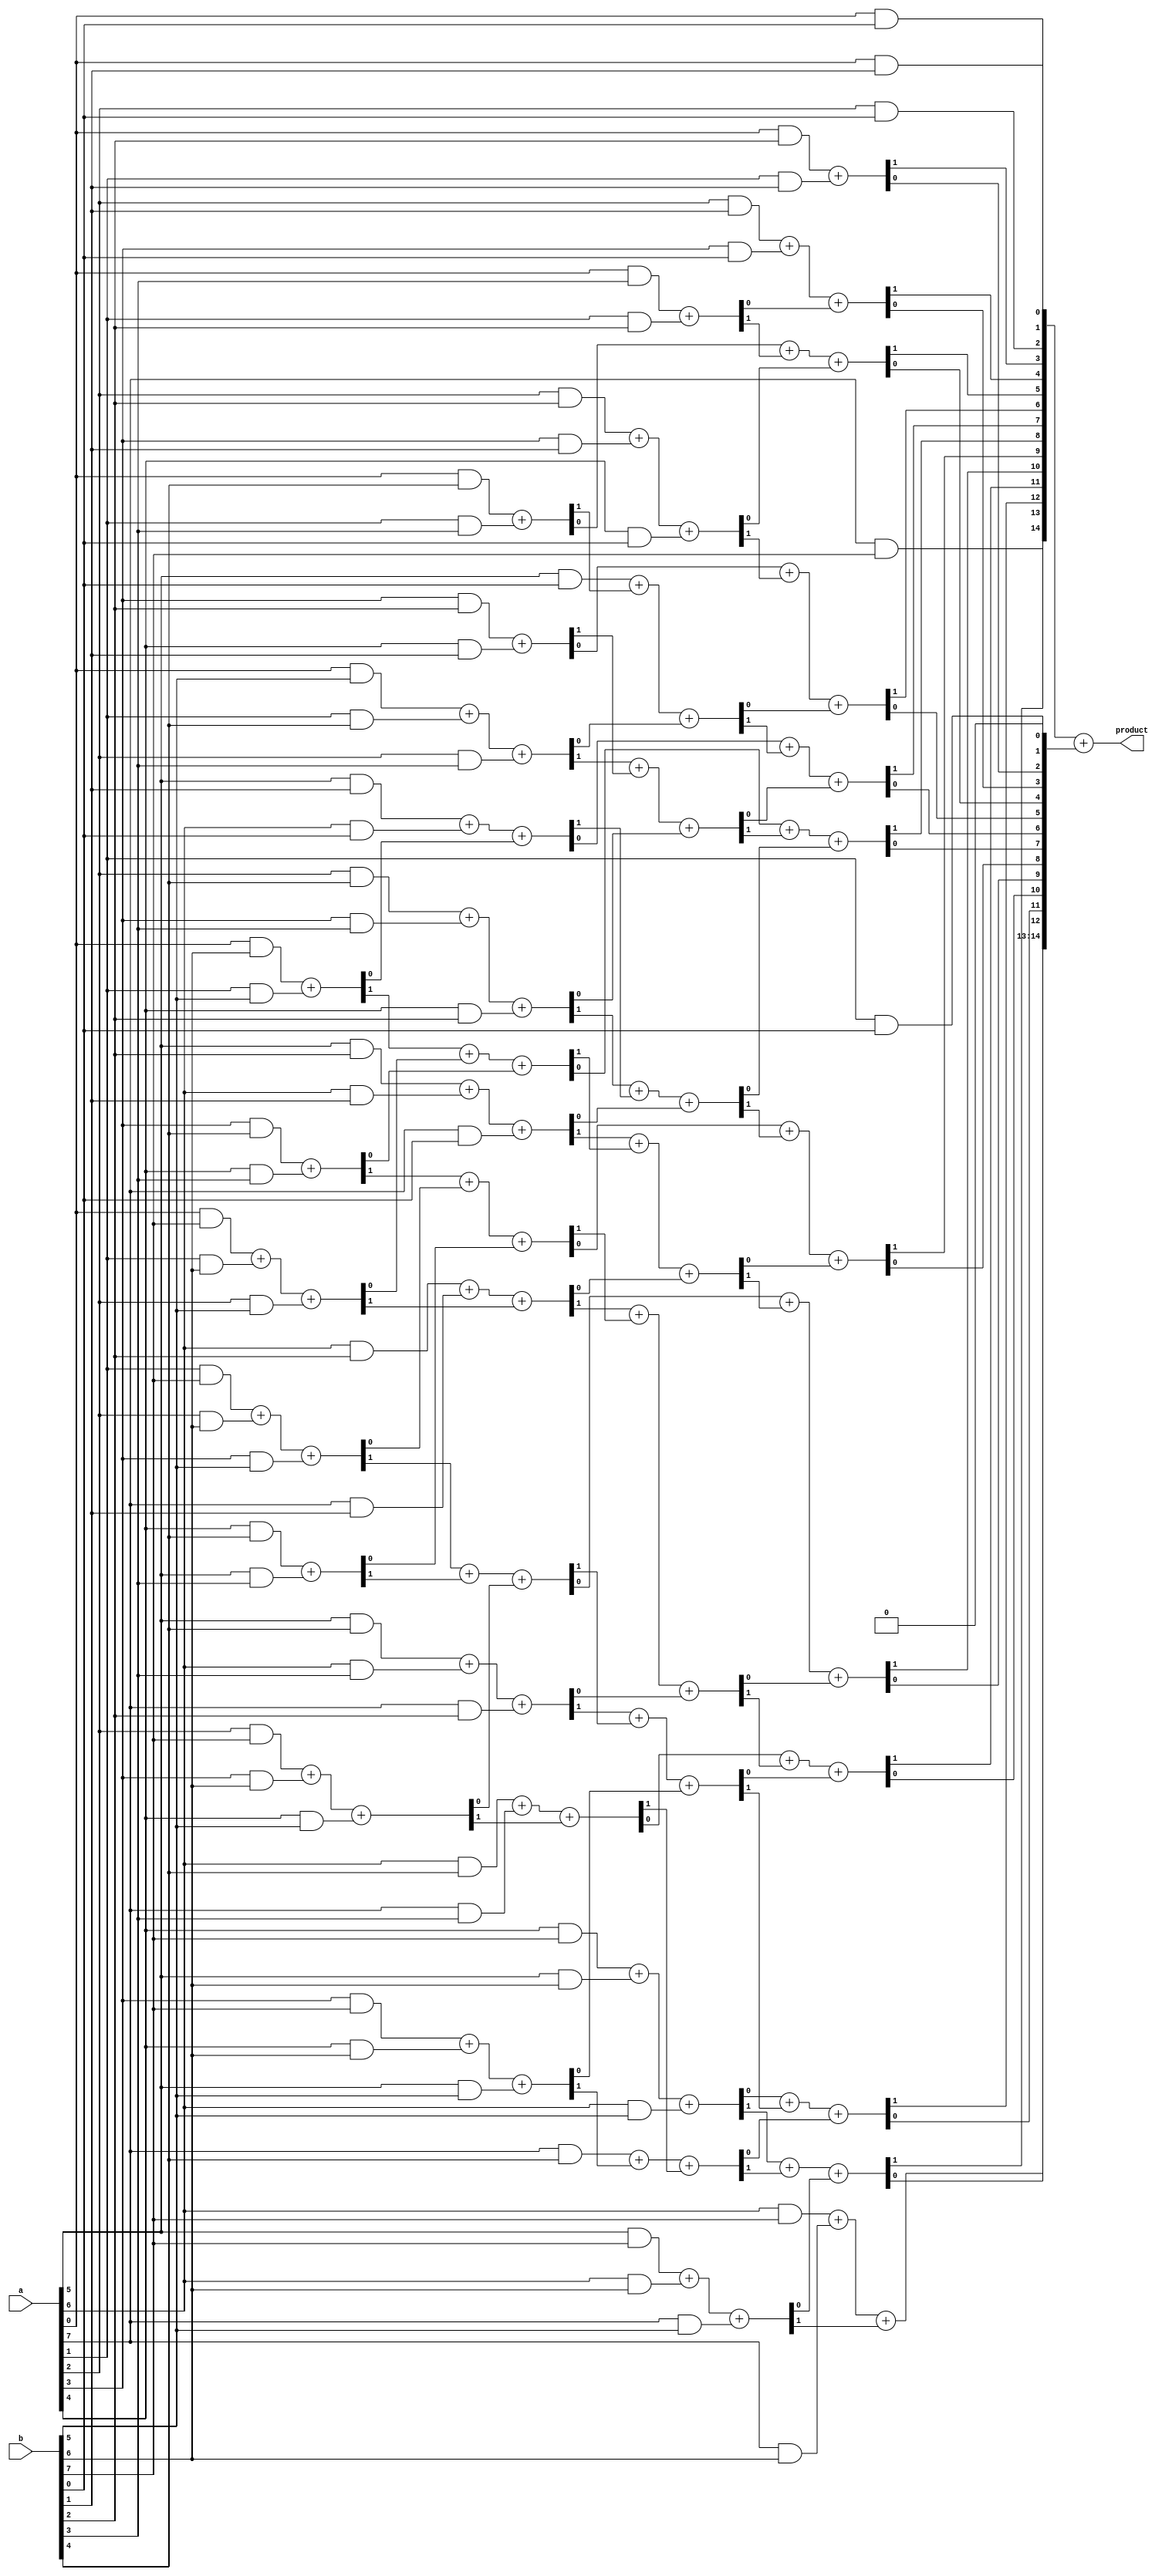
/**********************************************************************************
  Autogenerated by DaddaMatrix (generator.py) on 2024-04-15T04:30:28.339055-05:00
**********************************************************************************/
module dadda_multiplier (
  input  wire [7:0] a,
  input  wire [7:0] b,
  output wire [15:0] product
);

  wire   c5b87c13_749f_4d1b_8646_4ab3378e8a5a;
  assign c5b87c13_749f_4d1b_8646_4ab3378e8a5a = a[0] & b[0];
  wire   f95f8062_3816_42ce_9a01_453aa82aa344;
  assign f95f8062_3816_42ce_9a01_453aa82aa344 = a[0] & b[1];
  wire   v_3eef52ac_6195_4627_96b5_507e1b86bf39;
  assign v_3eef52ac_6195_4627_96b5_507e1b86bf39 = a[0] & b[2];
  wire   cba0d86c_fd35_439e_ad86_15b52ad7b774;
  assign cba0d86c_fd35_439e_ad86_15b52ad7b774 = a[0] & b[3];
  wire   v_348f0a68_d598_46cc_86ac_cf3917220f9c;
  assign v_348f0a68_d598_46cc_86ac_cf3917220f9c = a[0] & b[4];
  wire   v_2fe938e1_c440_40ee_956d_e2cf08b43207;
  assign v_2fe938e1_c440_40ee_956d_e2cf08b43207 = a[0] & b[5];
  wire   v_6e8bd969_5a8c_4cfb_b27f_bc219fc2b830;
  assign v_6e8bd969_5a8c_4cfb_b27f_bc219fc2b830 = a[0] & b[6];
  wire   v_789d6bce_b7aa_43ae_b7b8_fbb08e0b9a35;
  assign v_789d6bce_b7aa_43ae_b7b8_fbb08e0b9a35 = a[0] & b[7];
  wire   c8e02cbd_eca3_4c29_860b_7e21223bbb82;
  assign c8e02cbd_eca3_4c29_860b_7e21223bbb82 = a[1] & b[0];
  wire   v_938c4adf_0c3c_47f3_909d_1735d843f860;
  assign v_938c4adf_0c3c_47f3_909d_1735d843f860 = a[1] & b[1];
  wire   fb76f062_83f0_48a9_8b48_c1ebd32e8c32;
  assign fb76f062_83f0_48a9_8b48_c1ebd32e8c32 = a[1] & b[2];
  wire   v_61208a32_2b3a_47a2_a8e4_63e32df27f2e;
  assign v_61208a32_2b3a_47a2_a8e4_63e32df27f2e = a[1] & b[3];
  wire   d0d5447b_4d96_4162_8631_3197aee6fbe5;
  assign d0d5447b_4d96_4162_8631_3197aee6fbe5 = a[1] & b[4];
  wire   v_1d2ce400_bee3_4bcf_ad94_392b55ae8828;
  assign v_1d2ce400_bee3_4bcf_ad94_392b55ae8828 = a[1] & b[5];
  wire   e3eceaf8_b4db_4924_b72f_73344f9788f2;
  assign e3eceaf8_b4db_4924_b72f_73344f9788f2 = a[1] & b[6];
  wire   v_100c1758_140a_4142_9a4d_4fed30a453c6;
  assign v_100c1758_140a_4142_9a4d_4fed30a453c6 = a[1] & b[7];
  wire   v_259bb6be_d84f_49d7_87e9_795706241c88;
  assign v_259bb6be_d84f_49d7_87e9_795706241c88 = a[2] & b[0];
  wire   v_568c08f8_3850_4cf1_81aa_8ad0e5e8a283;
  assign v_568c08f8_3850_4cf1_81aa_8ad0e5e8a283 = a[2] & b[1];
  wire   a62a3e4b_a0aa_45f3_8cf0_ac8d7d8e2177;
  assign a62a3e4b_a0aa_45f3_8cf0_ac8d7d8e2177 = a[2] & b[2];
  wire   v_53863f08_0fcf_4548_bea8_65d01281c248;
  assign v_53863f08_0fcf_4548_bea8_65d01281c248 = a[2] & b[3];
  wire   fef89f08_5c22_497d_b9e9_75612421a902;
  assign fef89f08_5c22_497d_b9e9_75612421a902 = a[2] & b[4];
  wire   v_4e4a185f_ac21_47d0_b0b5_94dea7bf9f3e;
  assign v_4e4a185f_ac21_47d0_b0b5_94dea7bf9f3e = a[2] & b[5];
  wire   f4fcffeb_a640_44c2_b3a1_45f75bc65452;
  assign f4fcffeb_a640_44c2_b3a1_45f75bc65452 = a[2] & b[6];
  wire   v_8c4302bb_a1c1_446c_82b6_f699d6d7184f;
  assign v_8c4302bb_a1c1_446c_82b6_f699d6d7184f = a[2] & b[7];
  wire   a61f7549_5f9b_4cca_81f1_9dfeffa545cd;
  assign a61f7549_5f9b_4cca_81f1_9dfeffa545cd = a[3] & b[0];
  wire   df8d13ca_4a65_43f9_96d9_ac6de1c0e237;
  assign df8d13ca_4a65_43f9_96d9_ac6de1c0e237 = a[3] & b[1];
  wire   d3f8aa95_a395_4d1a_a4f7_6f39ea2b077b;
  assign d3f8aa95_a395_4d1a_a4f7_6f39ea2b077b = a[3] & b[2];
  wire   v_1b137b5f_c38c_471e_b330_09c52f7d7481;
  assign v_1b137b5f_c38c_471e_b330_09c52f7d7481 = a[3] & b[3];
  wire   v_250cc16c_4978_4198_9322_2e0131c0c3d0;
  assign v_250cc16c_4978_4198_9322_2e0131c0c3d0 = a[3] & b[4];
  wire   v_00062549_b06e_45f1_a63c_3d8c992bf9c3;
  assign v_00062549_b06e_45f1_a63c_3d8c992bf9c3 = a[3] & b[5];
  wire   e9682f56_852f_425c_8683_3ff46957042b;
  assign e9682f56_852f_425c_8683_3ff46957042b = a[3] & b[6];
  wire   v_3a806a8e_8dbd_4301_8aea_a61eeb37e120;
  assign v_3a806a8e_8dbd_4301_8aea_a61eeb37e120 = a[3] & b[7];
  wire   a2924871_dcd0_409d_aef2_e87a11ad4e47;
  assign a2924871_dcd0_409d_aef2_e87a11ad4e47 = a[4] & b[0];
  wire   v_33c751bf_56b8_415c_820e_924a090e9c12;
  assign v_33c751bf_56b8_415c_820e_924a090e9c12 = a[4] & b[1];
  wire   v_5d5f32d1_25e9_433a_9e19_ce3335da3a31;
  assign v_5d5f32d1_25e9_433a_9e19_ce3335da3a31 = a[4] & b[2];
  wire   v_80865785_14c6_4865_90fc_07bf8ae7618e;
  assign v_80865785_14c6_4865_90fc_07bf8ae7618e = a[4] & b[3];
  wire   v_08ca6fb1_ba3b_4f25_8bc1_811ca670992d;
  assign v_08ca6fb1_ba3b_4f25_8bc1_811ca670992d = a[4] & b[4];
  wire   v_6dcf50f8_eb1a_463d_a49c_4d7fae0e610c;
  assign v_6dcf50f8_eb1a_463d_a49c_4d7fae0e610c = a[4] & b[5];
  wire   v_712d102d_a1b5_4cd9_879e_ba3fbb92de62;
  assign v_712d102d_a1b5_4cd9_879e_ba3fbb92de62 = a[4] & b[6];
  wire   v_528c3819_4f30_4cf0_ac28_49f77c6b742b;
  assign v_528c3819_4f30_4cf0_ac28_49f77c6b742b = a[4] & b[7];
  wire   d6a47aad_a1d9_48e0_87a2_039bac0f757b;
  assign d6a47aad_a1d9_48e0_87a2_039bac0f757b = a[5] & b[0];
  wire   v_4592672a_9d2a_44a2_9f59_5da20d2953a7;
  assign v_4592672a_9d2a_44a2_9f59_5da20d2953a7 = a[5] & b[1];
  wire   e9bb6a78_43df_49d0_a782_b39eb8b65850;
  assign e9bb6a78_43df_49d0_a782_b39eb8b65850 = a[5] & b[2];
  wire   f57846db_942f_4569_b2f7_dfa9e77b5f49;
  assign f57846db_942f_4569_b2f7_dfa9e77b5f49 = a[5] & b[3];
  wire   f4ca1635_ebb7_48cb_a4b6_c2d34a744577;
  assign f4ca1635_ebb7_48cb_a4b6_c2d34a744577 = a[5] & b[4];
  wire   v_9cc236cf_efd8_4917_9538_cb44b7e9890d;
  assign v_9cc236cf_efd8_4917_9538_cb44b7e9890d = a[5] & b[5];
  wire   ec65d2f8_0336_4909_84e3_7dbb2940855c;
  assign ec65d2f8_0336_4909_84e3_7dbb2940855c = a[5] & b[6];
  wire   v_2d78d33a_0372_4685_970e_6fd32ac262bd;
  assign v_2d78d33a_0372_4685_970e_6fd32ac262bd = a[5] & b[7];
  wire   f1513491_7423_4a4a_8594_94644382e8bb;
  assign f1513491_7423_4a4a_8594_94644382e8bb = a[6] & b[0];
  wire   v_05a0a58e_be32_4294_8c74_65515c0490b6;
  assign v_05a0a58e_be32_4294_8c74_65515c0490b6 = a[6] & b[1];
  wire   a351ae23_e3ee_4aa8_ad9f_64bd7eec1f45;
  assign a351ae23_e3ee_4aa8_ad9f_64bd7eec1f45 = a[6] & b[2];
  wire   fd0728c3_5301_43c2_803d_c5bb393d456a;
  assign fd0728c3_5301_43c2_803d_c5bb393d456a = a[6] & b[3];
  wire   v_81988169_640b_41dc_b29c_e2460805caae;
  assign v_81988169_640b_41dc_b29c_e2460805caae = a[6] & b[4];
  wire   v_08108c7e_ac33_4a07_be68_d9e43638031c;
  assign v_08108c7e_ac33_4a07_be68_d9e43638031c = a[6] & b[5];
  wire   v_0c14468f_56a4_41eb_b012_4b65b693043e;
  assign v_0c14468f_56a4_41eb_b012_4b65b693043e = a[6] & b[6];
  wire   b8496108_90e9_4736_8cf7_47681a257947;
  assign b8496108_90e9_4736_8cf7_47681a257947 = a[6] & b[7];
  wire   e2d5f893_2154_44a7_885b_f047252e95cf;
  assign e2d5f893_2154_44a7_885b_f047252e95cf = a[7] & b[0];
  wire   v_10b0a20c_8bef_4cea_a2db_c43028ff33c4;
  assign v_10b0a20c_8bef_4cea_a2db_c43028ff33c4 = a[7] & b[1];
  wire   v_0edac932_8d85_4cfd_8d85_c90e6ae4c21d;
  assign v_0edac932_8d85_4cfd_8d85_c90e6ae4c21d = a[7] & b[2];
  wire   v_9b4b46df_6d2f_4167_a79a_ca73aaa0bff8;
  assign v_9b4b46df_6d2f_4167_a79a_ca73aaa0bff8 = a[7] & b[3];
  wire   a309729c_3f7b_4823_86f2_c76a6571b95b;
  assign a309729c_3f7b_4823_86f2_c76a6571b95b = a[7] & b[4];
  wire   v_09e1e636_5c9d_41f7_8f23_9e197edeb3e7;
  assign v_09e1e636_5c9d_41f7_8f23_9e197edeb3e7 = a[7] & b[5];
  wire   a9f57e75_c0cb_4b11_b082_3ed8445f3c7c;
  assign a9f57e75_c0cb_4b11_b082_3ed8445f3c7c = a[7] & b[6];
  wire   v_57213757_b647_4e5d_8d62_14d536832e08;
  assign v_57213757_b647_4e5d_8d62_14d536832e08 = a[7] & b[7];

  /*================================================================================*/

  wire   v_03811acc_b667_4e33_bbc6_38cc1a22432d;
  wire   v_97377eb8_2cf3_427b_ba1b_fc70ede7726d;
  assign {v_97377eb8_2cf3_427b_ba1b_fc70ede7726d, v_03811acc_b667_4e33_bbc6_38cc1a22432d} = v_6e8bd969_5a8c_4cfb_b27f_bc219fc2b830 + v_1d2ce400_bee3_4bcf_ad94_392b55ae8828;
  wire   v_2d630563_47a5_4b6d_8457_5de55f334d79;
  wire   v_7181854d_0fc7_425c_85c0_d35010a32f8c;
  assign {v_7181854d_0fc7_425c_85c0_d35010a32f8c, v_2d630563_47a5_4b6d_8457_5de55f334d79} = v_789d6bce_b7aa_43ae_b7b8_fbb08e0b9a35 + e3eceaf8_b4db_4924_b72f_73344f9788f2 + v_4e4a185f_ac21_47d0_b0b5_94dea7bf9f3e;
  wire   v_34a78f9a_2836_4f0d_a625_e0ec848a50b1;
  wire   v_5538a28c_aa08_4fc9_8053_5343bd9fcf2f;
  assign {v_5538a28c_aa08_4fc9_8053_5343bd9fcf2f, v_34a78f9a_2836_4f0d_a625_e0ec848a50b1} = v_250cc16c_4978_4198_9322_2e0131c0c3d0 + v_80865785_14c6_4865_90fc_07bf8ae7618e;
  wire   v_5b5395f2_0b26_46fe_bc94_7bcdac125a5e;
  wire   v_506869be_947b_4b1c_b829_5b0d1dc18cdf;
  assign {v_506869be_947b_4b1c_b829_5b0d1dc18cdf, v_5b5395f2_0b26_46fe_bc94_7bcdac125a5e} = v_100c1758_140a_4142_9a4d_4fed30a453c6 + f4fcffeb_a640_44c2_b3a1_45f75bc65452 + v_00062549_b06e_45f1_a63c_3d8c992bf9c3;
  wire   e28074da_7bae_4dfc_a60a_93f18848195f;
  wire   v_764c5c80_d24d_4c38_9871_ed9ae703cd11;
  assign {v_764c5c80_d24d_4c38_9871_ed9ae703cd11, e28074da_7bae_4dfc_a60a_93f18848195f} = v_08ca6fb1_ba3b_4f25_8bc1_811ca670992d + f57846db_942f_4569_b2f7_dfa9e77b5f49;
  wire   v_0576efc7_5c3e_42f9_9afa_321e1330e393;
  wire   c755c6d5_027e_41af_9029_7734571855fe;
  assign {c755c6d5_027e_41af_9029_7734571855fe, v_0576efc7_5c3e_42f9_9afa_321e1330e393} = v_8c4302bb_a1c1_446c_82b6_f699d6d7184f + e9682f56_852f_425c_8683_3ff46957042b + v_6dcf50f8_eb1a_463d_a49c_4d7fae0e610c;

  /*================================================================================*/

  wire   v_99a1dec2_988f_4ad8_a155_9db0410c26e2;
  wire   d1bd184e_6a26_4a62_b851_38f05c76bcef;
  assign {d1bd184e_6a26_4a62_b851_38f05c76bcef, v_99a1dec2_988f_4ad8_a155_9db0410c26e2} = v_348f0a68_d598_46cc_86ac_cf3917220f9c + v_61208a32_2b3a_47a2_a8e4_63e32df27f2e;
  wire   fbcea37c_7cb9_4c35_bf68_ee743badb84f;
  wire   v_7a2088a0_b6a5_4955_8ccc_09b6cb9ec5ec;
  assign {v_7a2088a0_b6a5_4955_8ccc_09b6cb9ec5ec, fbcea37c_7cb9_4c35_bf68_ee743badb84f} = v_2fe938e1_c440_40ee_956d_e2cf08b43207 + d0d5447b_4d96_4162_8631_3197aee6fbe5 + v_53863f08_0fcf_4548_bea8_65d01281c248;
  wire   v_1bc1bb5e_ee23_4470_bfb3_630acd97bbd1;
  wire   v_55ba2971_1d25_474f_bcef_320a713856d2;
  assign {v_55ba2971_1d25_474f_bcef_320a713856d2, v_1bc1bb5e_ee23_4470_bfb3_630acd97bbd1} = d3f8aa95_a395_4d1a_a4f7_6f39ea2b077b + v_33c751bf_56b8_415c_820e_924a090e9c12;
  wire   a616a033_9a05_4a43_b7e3_816411664fd6;
  wire   f07eccf1_7334_4192_9b0b_144a7e2f157c;
  assign {f07eccf1_7334_4192_9b0b_144a7e2f157c, a616a033_9a05_4a43_b7e3_816411664fd6} = fef89f08_5c22_497d_b9e9_75612421a902 + v_1b137b5f_c38c_471e_b330_09c52f7d7481 + v_5d5f32d1_25e9_433a_9e19_ce3335da3a31;
  wire   bf8c712a_f6ac_40f5_bb8f_69c8e65fcd3b;
  wire   ed517bc2_032b_4348_b836_6d20a64bc2ce;
  assign {ed517bc2_032b_4348_b836_6d20a64bc2ce, bf8c712a_f6ac_40f5_bb8f_69c8e65fcd3b} = v_4592672a_9d2a_44a2_9f59_5da20d2953a7 + f1513491_7423_4a4a_8594_94644382e8bb + v_03811acc_b667_4e33_bbc6_38cc1a22432d;
  wire   v_82367c68_d3bb_4ab5_97d4_998d372ec9eb;
  wire   cb8bc776_0b04_4436_b9b9_a90461edb551;
  assign {cb8bc776_0b04_4436_b9b9_a90461edb551, v_82367c68_d3bb_4ab5_97d4_998d372ec9eb} = e9bb6a78_43df_49d0_a782_b39eb8b65850 + v_05a0a58e_be32_4294_8c74_65515c0490b6 + e2d5f893_2154_44a7_885b_f047252e95cf;
  wire   v_36d78715_fd86_4620_88de_00d594446c6f;
  wire   v_5a6304bf_57c1_44f5_bb19_1b59056ff9c9;
  assign {v_5a6304bf_57c1_44f5_bb19_1b59056ff9c9, v_36d78715_fd86_4620_88de_00d594446c6f} = v_97377eb8_2cf3_427b_ba1b_fc70ede7726d + v_2d630563_47a5_4b6d_8457_5de55f334d79 + v_34a78f9a_2836_4f0d_a625_e0ec848a50b1;
  wire   de1da632_f8e5_42d8_944c_eefa36961572;
  wire   v_93dc911a_8d51_4931_ad66_e635fd760583;
  assign {v_93dc911a_8d51_4931_ad66_e635fd760583, de1da632_f8e5_42d8_944c_eefa36961572} = a351ae23_e3ee_4aa8_ad9f_64bd7eec1f45 + v_10b0a20c_8bef_4cea_a2db_c43028ff33c4 + v_7181854d_0fc7_425c_85c0_d35010a32f8c;
  wire   v_3f0e4a31_aaf2_4206_9674_be1bc917e5a4;
  wire   efc3aa22_c7ac_4d99_b800_ebefbe15a450;
  assign {efc3aa22_c7ac_4d99_b800_ebefbe15a450, v_3f0e4a31_aaf2_4206_9674_be1bc917e5a4} = v_5538a28c_aa08_4fc9_8053_5343bd9fcf2f + v_5b5395f2_0b26_46fe_bc94_7bcdac125a5e + e28074da_7bae_4dfc_a60a_93f18848195f;
  wire   v_91ab1346_420e_4841_9b4e_79267775159e;
  wire   v_31171b53_7bc8_45e7_ba81_f8ffe6902918;
  assign {v_31171b53_7bc8_45e7_ba81_f8ffe6902918, v_91ab1346_420e_4841_9b4e_79267775159e} = f4ca1635_ebb7_48cb_a4b6_c2d34a744577 + fd0728c3_5301_43c2_803d_c5bb393d456a + v_0edac932_8d85_4cfd_8d85_c90e6ae4c21d;
  wire   v_427edf83_2efa_4d6c_8d3d_01f50198bcda;
  wire   v_1fd39b45_b438_4774_8242_e6f6e2bc037d;
  assign {v_1fd39b45_b438_4774_8242_e6f6e2bc037d, v_427edf83_2efa_4d6c_8d3d_01f50198bcda} = v_506869be_947b_4b1c_b829_5b0d1dc18cdf + v_764c5c80_d24d_4c38_9871_ed9ae703cd11 + v_0576efc7_5c3e_42f9_9afa_321e1330e393;
  wire   v_2dfd07f2_4499_4ee5_9ecc_5467189fda91;
  wire   v_62013513_ea0d_4ef1_ab72_d21063e5f580;
  assign {v_62013513_ea0d_4ef1_ab72_d21063e5f580, v_2dfd07f2_4499_4ee5_9ecc_5467189fda91} = v_3a806a8e_8dbd_4301_8aea_a61eeb37e120 + v_712d102d_a1b5_4cd9_879e_ba3fbb92de62 + v_9cc236cf_efd8_4917_9538_cb44b7e9890d;
  wire   a238020a_f1f2_4275_8834_07c4dc8720c7;
  wire   bf7bc111_d777_4883_9a5d_51418645b348;
  assign {bf7bc111_d777_4883_9a5d_51418645b348, a238020a_f1f2_4275_8834_07c4dc8720c7} = v_81988169_640b_41dc_b29c_e2460805caae + v_9b4b46df_6d2f_4167_a79a_ca73aaa0bff8 + c755c6d5_027e_41af_9029_7734571855fe;
  wire   v_1240922f_741e_4f5d_ba43_bffbe61999d1;
  wire   a632085c_45c5_4cb2_8762_8475ec144f19;
  assign {a632085c_45c5_4cb2_8762_8475ec144f19, v_1240922f_741e_4f5d_ba43_bffbe61999d1} = v_528c3819_4f30_4cf0_ac28_49f77c6b742b + ec65d2f8_0336_4909_84e3_7dbb2940855c + v_08108c7e_ac33_4a07_be68_d9e43638031c;

  /*================================================================================*/

  wire   v_755d4173_47c3_455a_9916_db3ff646fbde;
  wire   c9376aef_0735_4bad_b1a3_10ad7313b5e4;
  assign {c9376aef_0735_4bad_b1a3_10ad7313b5e4, v_755d4173_47c3_455a_9916_db3ff646fbde} = cba0d86c_fd35_439e_ad86_15b52ad7b774 + fb76f062_83f0_48a9_8b48_c1ebd32e8c32;
  wire   v_4a004ca7_f4ac_40de_858e_9fa853b627ba;
  wire   v_193206c5_9138_44de_b490_30175b6b1029;
  assign {v_193206c5_9138_44de_b490_30175b6b1029, v_4a004ca7_f4ac_40de_858e_9fa853b627ba} = a62a3e4b_a0aa_45f3_8cf0_ac8d7d8e2177 + df8d13ca_4a65_43f9_96d9_ac6de1c0e237 + a2924871_dcd0_409d_aef2_e87a11ad4e47;
  wire   v_22cb2e99_9f99_4bd4_8416_d61db3e498be;
  wire   v_3a6cc5c5_2a82_48b0_986e_a183cbd92e98;
  assign {v_3a6cc5c5_2a82_48b0_986e_a183cbd92e98, v_22cb2e99_9f99_4bd4_8416_d61db3e498be} = d6a47aad_a1d9_48e0_87a2_039bac0f757b + d1bd184e_6a26_4a62_b851_38f05c76bcef + fbcea37c_7cb9_4c35_bf68_ee743badb84f;
  wire   v_975aeaf6_0055_464c_85fc_25005d4c7397;
  wire   cb6adc5a_7719_4bb7_aa9e_2c4a9c000c7f;
  assign {cb6adc5a_7719_4bb7_aa9e_2c4a9c000c7f, v_975aeaf6_0055_464c_85fc_25005d4c7397} = v_7a2088a0_b6a5_4955_8ccc_09b6cb9ec5ec + v_55ba2971_1d25_474f_bcef_320a713856d2 + a616a033_9a05_4a43_b7e3_816411664fd6;
  wire   v_488e941a_8650_4bd2_b56a_f17e853b27b9;
  wire   v_0b5aaf33_ee03_4371_9d28_576c0b56c51c;
  assign {v_0b5aaf33_ee03_4371_9d28_576c0b56c51c, v_488e941a_8650_4bd2_b56a_f17e853b27b9} = f07eccf1_7334_4192_9b0b_144a7e2f157c + ed517bc2_032b_4348_b836_6d20a64bc2ce + v_82367c68_d3bb_4ab5_97d4_998d372ec9eb;
  wire   e5527040_3f87_4e90_9914_c58231378bb3;
  wire   v_02ed7190_9acd_4337_a059_3b1bb113e97a;
  assign {v_02ed7190_9acd_4337_a059_3b1bb113e97a, e5527040_3f87_4e90_9914_c58231378bb3} = cb8bc776_0b04_4436_b9b9_a90461edb551 + v_5a6304bf_57c1_44f5_bb19_1b59056ff9c9 + de1da632_f8e5_42d8_944c_eefa36961572;
  wire   b3026287_7f3d_4e14_9cd3_8ec210a544d9;
  wire   v_0a9bcd4c_06fc_4144_b2cf_67953c777aea;
  assign {v_0a9bcd4c_06fc_4144_b2cf_67953c777aea, b3026287_7f3d_4e14_9cd3_8ec210a544d9} = v_93dc911a_8d51_4931_ad66_e635fd760583 + efc3aa22_c7ac_4d99_b800_ebefbe15a450 + v_91ab1346_420e_4841_9b4e_79267775159e;
  wire   b5825186_ed72_4f28_a8ef_2dfdad849ca2;
  wire   v_948d5d8e_12f9_4d9b_b7dd_dacc7c921d1d;
  assign {v_948d5d8e_12f9_4d9b_b7dd_dacc7c921d1d, b5825186_ed72_4f28_a8ef_2dfdad849ca2} = v_31171b53_7bc8_45e7_ba81_f8ffe6902918 + v_1fd39b45_b438_4774_8242_e6f6e2bc037d + v_2dfd07f2_4499_4ee5_9ecc_5467189fda91;
  wire   v_9cc3021b_301e_4221_869d_befd97d162d9;
  wire   f7879270_09d3_4b76_8289_bb82fcd8e99b;
  assign {f7879270_09d3_4b76_8289_bb82fcd8e99b, v_9cc3021b_301e_4221_869d_befd97d162d9} = a309729c_3f7b_4823_86f2_c76a6571b95b + v_62013513_ea0d_4ef1_ab72_d21063e5f580 + bf7bc111_d777_4883_9a5d_51418645b348;
  wire   dd7649f8_df12_4f5d_95a9_5fbde7473e73;
  wire   v_275a7616_9438_4e40_b934_131d7d4d5860;
  assign {v_275a7616_9438_4e40_b934_131d7d4d5860, dd7649f8_df12_4f5d_95a9_5fbde7473e73} = v_2d78d33a_0372_4685_970e_6fd32ac262bd + v_0c14468f_56a4_41eb_b012_4b65b693043e + v_09e1e636_5c9d_41f7_8f23_9e197edeb3e7;

  /*================================================================================*/

  wire   v_2402a8d6_f802_4698_854d_afe6aec1ed16;
  wire   v_014e0113_7af0_4ccf_a650_f0f282ecb77d;
  assign {v_014e0113_7af0_4ccf_a650_f0f282ecb77d, v_2402a8d6_f802_4698_854d_afe6aec1ed16} = v_3eef52ac_6195_4627_96b5_507e1b86bf39 + v_938c4adf_0c3c_47f3_909d_1735d843f860;
  wire   v_185a1587_da92_474a_a18f_1d8939f74182;
  wire   v_687112d4_63a7_455b_9073_e4d745e02078;
  assign {v_687112d4_63a7_455b_9073_e4d745e02078, v_185a1587_da92_474a_a18f_1d8939f74182} = v_568c08f8_3850_4cf1_81aa_8ad0e5e8a283 + a61f7549_5f9b_4cca_81f1_9dfeffa545cd + v_755d4173_47c3_455a_9916_db3ff646fbde;
  wire   ca21ddca_1369_487f_aed8_d083eb37e617;
  wire   v_35d910d1_f916_455f_abc1_c6d2a0df9e67;
  assign {v_35d910d1_f916_455f_abc1_c6d2a0df9e67, ca21ddca_1369_487f_aed8_d083eb37e617} = v_99a1dec2_988f_4ad8_a155_9db0410c26e2 + c9376aef_0735_4bad_b1a3_10ad7313b5e4 + v_4a004ca7_f4ac_40de_858e_9fa853b627ba;
  wire   v_430f33b1_2dbe_46b2_a91a_6ebe1a53803b;
  wire   v_0e61d1cd_a60e_4745_822c_57ea08e2b918;
  assign {v_0e61d1cd_a60e_4745_822c_57ea08e2b918, v_430f33b1_2dbe_46b2_a91a_6ebe1a53803b} = v_1bc1bb5e_ee23_4470_bfb3_630acd97bbd1 + v_193206c5_9138_44de_b490_30175b6b1029 + v_22cb2e99_9f99_4bd4_8416_d61db3e498be;
  wire   v_8367db16_c7b4_4168_aa7b_2160d38e5ed4;
  wire   v_53fecdea_f7e4_4e8f_ac8d_8782c6766b6a;
  assign {v_53fecdea_f7e4_4e8f_ac8d_8782c6766b6a, v_8367db16_c7b4_4168_aa7b_2160d38e5ed4} = bf8c712a_f6ac_40f5_bb8f_69c8e65fcd3b + v_3a6cc5c5_2a82_48b0_986e_a183cbd92e98 + v_975aeaf6_0055_464c_85fc_25005d4c7397;
  wire   a8146aeb_5f0b_487e_a181_a82c685ab516;
  wire   v_1305c6cf_5602_4c0b_8cb8_ea42297c1bea;
  assign {v_1305c6cf_5602_4c0b_8cb8_ea42297c1bea, a8146aeb_5f0b_487e_a181_a82c685ab516} = v_36d78715_fd86_4620_88de_00d594446c6f + cb6adc5a_7719_4bb7_aa9e_2c4a9c000c7f + v_488e941a_8650_4bd2_b56a_f17e853b27b9;
  wire   v_4598845b_d2a3_4b33_8cb2_d3038360198f;
  wire   v_7858a1ae_857b_442f_8cc7_af137dc3adf9;
  assign {v_7858a1ae_857b_442f_8cc7_af137dc3adf9, v_4598845b_d2a3_4b33_8cb2_d3038360198f} = v_3f0e4a31_aaf2_4206_9674_be1bc917e5a4 + v_0b5aaf33_ee03_4371_9d28_576c0b56c51c + e5527040_3f87_4e90_9914_c58231378bb3;
  wire   a48d4d38_42fc_4370_b79c_835fc07da028;
  wire   v_829b6203_3a61_4c09_932e_35ddce27a600;
  assign {v_829b6203_3a61_4c09_932e_35ddce27a600, a48d4d38_42fc_4370_b79c_835fc07da028} = v_427edf83_2efa_4d6c_8d3d_01f50198bcda + v_02ed7190_9acd_4337_a059_3b1bb113e97a + b3026287_7f3d_4e14_9cd3_8ec210a544d9;
  wire   v_55cef5be_ee98_463b_a486_dc5dd0a4f531;
  wire   ebcbea95_c563_431f_9c77_aa96975fb599;
  assign {ebcbea95_c563_431f_9c77_aa96975fb599, v_55cef5be_ee98_463b_a486_dc5dd0a4f531} = a238020a_f1f2_4275_8834_07c4dc8720c7 + v_0a9bcd4c_06fc_4144_b2cf_67953c777aea + b5825186_ed72_4f28_a8ef_2dfdad849ca2;
  wire   e53ce623_26f8_4a26_9239_3299754a220f;
  wire   v_51f74141_c5b5_4292_81fc_1a19f334ca32;
  assign {v_51f74141_c5b5_4292_81fc_1a19f334ca32, e53ce623_26f8_4a26_9239_3299754a220f} = v_1240922f_741e_4f5d_ba43_bffbe61999d1 + v_948d5d8e_12f9_4d9b_b7dd_dacc7c921d1d + v_9cc3021b_301e_4221_869d_befd97d162d9;
  wire   d39e7260_eab2_41c9_948f_8cf1c810d1c3;
  wire   v_1d5fe3b0_3453_414c_86ff_94342aec79f7;
  assign {v_1d5fe3b0_3453_414c_86ff_94342aec79f7, d39e7260_eab2_41c9_948f_8cf1c810d1c3} = a632085c_45c5_4cb2_8762_8475ec144f19 + f7879270_09d3_4b76_8289_bb82fcd8e99b + dd7649f8_df12_4f5d_95a9_5fbde7473e73;
  wire   f54bd499_505e_40ab_ac9b_4576b6460b08;
  wire   v_0ef9621f_2c38_455f_a217_420c4c346371;
  assign {v_0ef9621f_2c38_455f_a217_420c4c346371, f54bd499_505e_40ab_ac9b_4576b6460b08} = b8496108_90e9_4736_8cf7_47681a257947 + a9f57e75_c0cb_4b11_b082_3ed8445f3c7c + v_275a7616_9438_4e40_b934_131d7d4d5860;

  /*================================================================================*/

  assign product = {v_57213757_b647_4e5d_8d62_14d536832e08, v_1d5fe3b0_3453_414c_86ff_94342aec79f7, v_51f74141_c5b5_4292_81fc_1a19f334ca32, ebcbea95_c563_431f_9c77_aa96975fb599, v_829b6203_3a61_4c09_932e_35ddce27a600, v_7858a1ae_857b_442f_8cc7_af137dc3adf9, v_1305c6cf_5602_4c0b_8cb8_ea42297c1bea, v_53fecdea_f7e4_4e8f_ac8d_8782c6766b6a, v_0e61d1cd_a60e_4745_822c_57ea08e2b918, v_35d910d1_f916_455f_abc1_c6d2a0df9e67, v_687112d4_63a7_455b_9073_e4d745e02078, v_014e0113_7af0_4ccf_a650_f0f282ecb77d, v_259bb6be_d84f_49d7_87e9_795706241c88, f95f8062_3816_42ce_9a01_453aa82aa344, c5b87c13_749f_4d1b_8646_4ab3378e8a5a} + {v_0ef9621f_2c38_455f_a217_420c4c346371, f54bd499_505e_40ab_ac9b_4576b6460b08, d39e7260_eab2_41c9_948f_8cf1c810d1c3, e53ce623_26f8_4a26_9239_3299754a220f, v_55cef5be_ee98_463b_a486_dc5dd0a4f531, a48d4d38_42fc_4370_b79c_835fc07da028, v_4598845b_d2a3_4b33_8cb2_d3038360198f, a8146aeb_5f0b_487e_a181_a82c685ab516, v_8367db16_c7b4_4168_aa7b_2160d38e5ed4, v_430f33b1_2dbe_46b2_a91a_6ebe1a53803b, ca21ddca_1369_487f_aed8_d083eb37e617, v_185a1587_da92_474a_a18f_1d8939f74182, v_2402a8d6_f802_4698_854d_afe6aec1ed16, c8e02cbd_eca3_4c29_860b_7e21223bbb82, 1'b0};

  /*================================================================================*/


endmodule